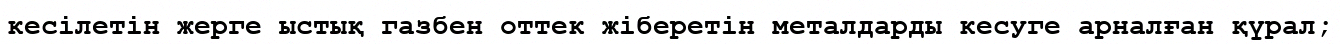
кесілетін жерге ыстық газбен оттек жіберетін металдарды кесуге арналған қүрал;